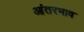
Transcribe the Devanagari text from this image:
आंतरभाव